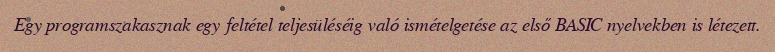
Egy programszakasznak egy feltétel teljesüléséig való ismételgetése az első BASIC nyelvekben is létezett.